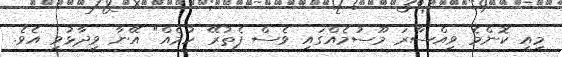
މިއީ ކޮންމެ ވިއްސާރަ މޫސުމެއްގައި ވެސް ފެތުރޭ ހުމެއް" އޭނާ ވިދާޅުވި އެވެ.